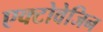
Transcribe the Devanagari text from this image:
एक्टोवेजिन